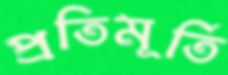
প্রতিমূর্তি